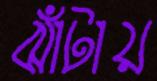
ঝাঁটায়